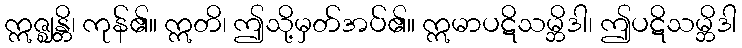
ဣဇ္ဈန္တိ၊ ကုန်၏။ ဣတိ၊ ဤသို့မှတ်အပ်၏။ ဣမာပဋိသမ္ဘိဒါ၊ ဤပဋိသမ္ဘိဒါ